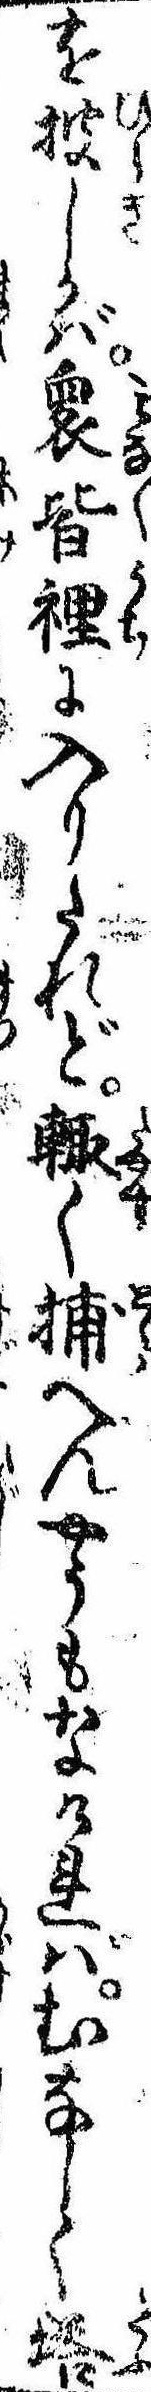
を披しかば衆皆裏に入りたれど輙く捕へんやうもなければむなしく塔